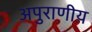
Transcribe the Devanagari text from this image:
अपुराणीय